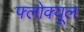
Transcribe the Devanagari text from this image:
फ्लोक्यूल